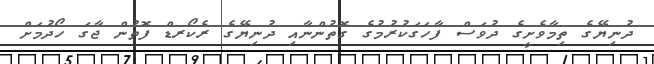
ދުނިޔޭގެ ތިމާވެށީގެ ދުވަސް ފާހަގަކުރުމުގެ ގޮތުންނާއި ދުނިޔޭގެ ރެކޯރޑް ފޮތުން ޖާގަ ހޯދުމަށް